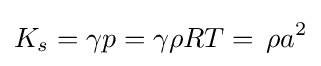
K_{s}=\gamma p=\gamma \rho RT=\,\rho a^{2}